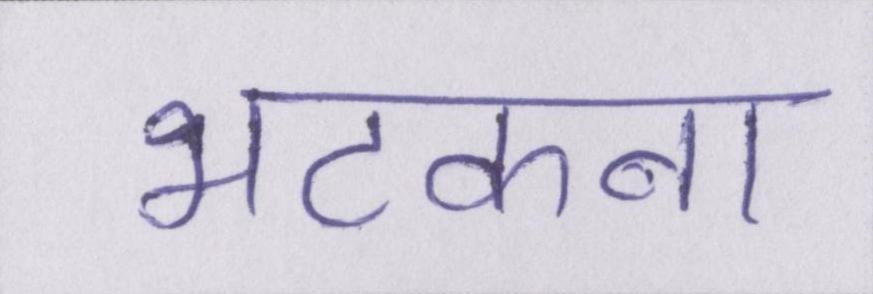
भटकना